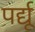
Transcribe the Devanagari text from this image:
पर्द्यू